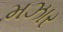
મઝાર